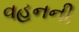
વહનની